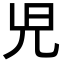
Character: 𫤗